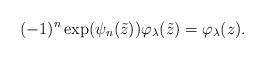
LaTeX: \begin{align*}(-1)^n\exp(\psi_n(\tilde{z}))\varphi_\lambda(\tilde{z}) = \varphi_\lambda(z).\end{align*}